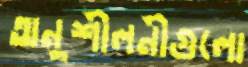
অনুশীলনীগুলো